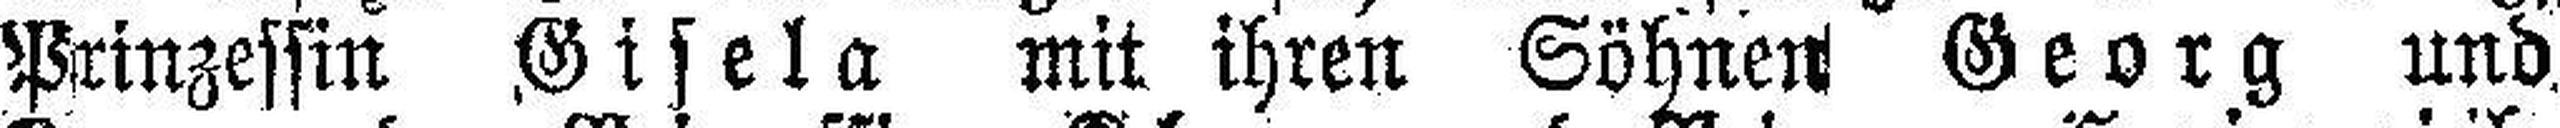
Pirinzessin Gisela mit ihren Söhnen Georg und